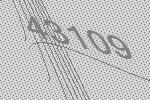
43109